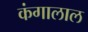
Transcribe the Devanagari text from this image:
कंगालाल